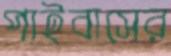
পাইবাসের